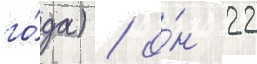
го́да) / о́н 22